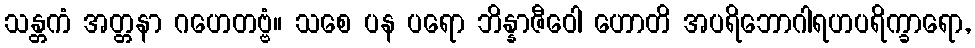
သန္တကံ အတ္တနာ ဂဟေတဗ္ဗံ။ သစေ ပန ပရော ဘိန္နာဇီဝေါ ဟောတိ အပရိဘောဂါရဟပရိက္ခာရော,